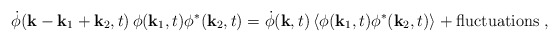
\begin{align*}\dot{\phi}({\bf k}-{\bf k}_1+{\bf k}_2,t) \,\phi ({\bf k}_1,t) \phi^* ({\bf k}_2,t) = \dot{\phi }({\bf k},t) \,\langle \phi ({\bf k}_1,t) \phi^* ({\bf k}_2,t) \rangle + {\rm fluctuations} \; , \end{align*}